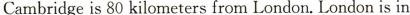
Cambridgeis 80 kilometers from London. London is in